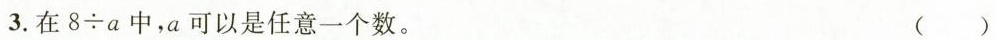
3.在8\div a中，a可以是任意一个数。 ()